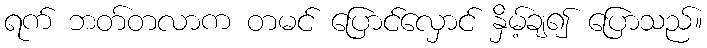
ရက် ဘတ်တလာက တမင် ပြောင်လှောင် နှိမ့်ချ၍ ပြောသည်။